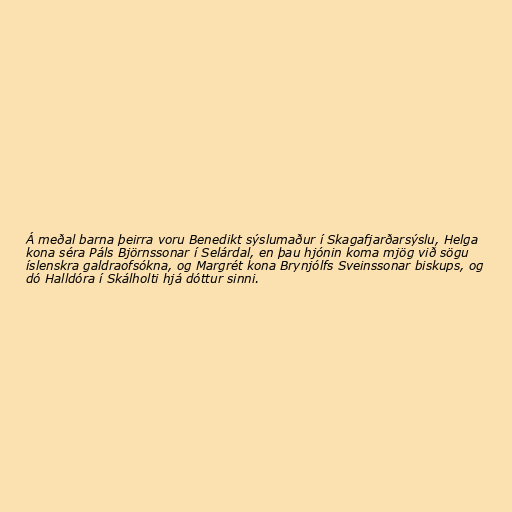
Á meðal barna þeirra voru Benedikt sýslumaður í Skagafjarðarsýslu, Helga
kona séra Páls Björnssonar í Selárdal, en þau hjónin koma mjög við sögu
íslenskra galdraofsókna, og Margrét kona Brynjólfs Sveinssonar biskups, og
dó Halldóra í Skálholti hjá dóttur sinni.